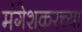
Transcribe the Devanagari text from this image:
मंगेशकरच्या